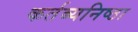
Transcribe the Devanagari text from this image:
कर्तब्यनिष्ठा